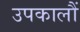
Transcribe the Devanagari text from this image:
उपकालौं